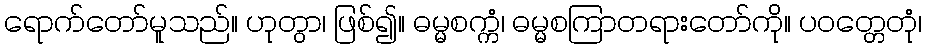
ရောက်တော်မူသည်။ ဟုတွာ၊ ဖြစ်၍။ ဓမ္မစက္ကံ၊ ဓမ္မစကြာတရားတော်ကို။ ပဝတ္တေတုံ၊